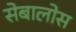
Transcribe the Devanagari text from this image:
सेबालोस